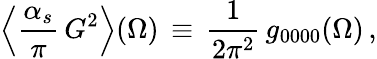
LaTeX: \Big\langle\frac{\alpha_{s}}{\pi}\, G^{2}\Big\rangle(\Omega)\, \equiv\, \frac{1}{2\pi^{2}}\, g_{0000}(\Omega)\, ,